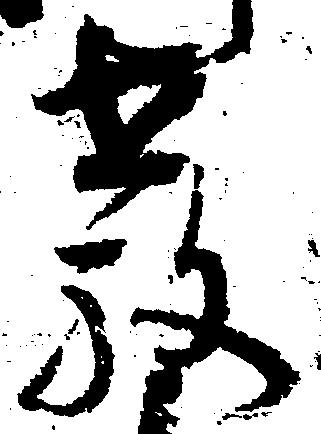
教